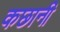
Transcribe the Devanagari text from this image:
कछानी